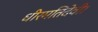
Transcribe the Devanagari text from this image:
धीरमतिदेवी।